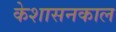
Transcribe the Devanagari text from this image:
केशासनकाल